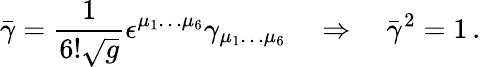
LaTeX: \bar{\gamma}=\frac 1{6!\sqrt g}\epsilon^{\mu_{1}\dots\mu_{6}}\gamma_{\mu_{1}\dots\mu_{6}}\quad\Rightarrow\quad\bar{\gamma}^{2}=1\, .